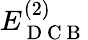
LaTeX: E_{\mathrm{~D~C~B~}}^{(2)}